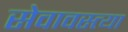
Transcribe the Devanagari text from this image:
सेवावस्त्या